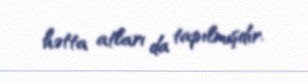
hətta atları da tapılmışdır.